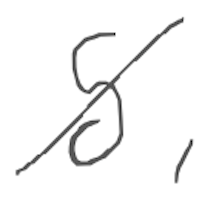
Text: 5,
Cross-out: diagonal
Writing tool: digital_gray